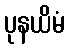
ပုနယိမံ